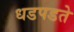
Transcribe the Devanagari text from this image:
धडपडते